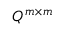
Q ^ { m \times m }